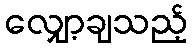
လျှော့ချသည့်